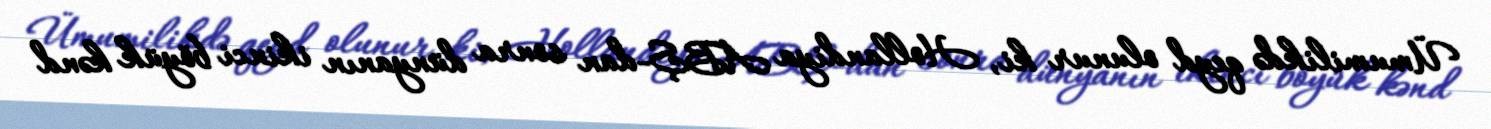
Ümumilikdə qeyd olunur ki, Hollandiya ABŞ-dan sonra dünyanın ikinci böyük kənd